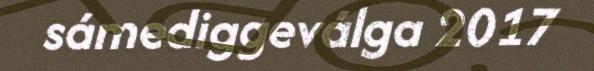
sámediggeválga 2017